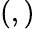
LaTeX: \left(,\right)